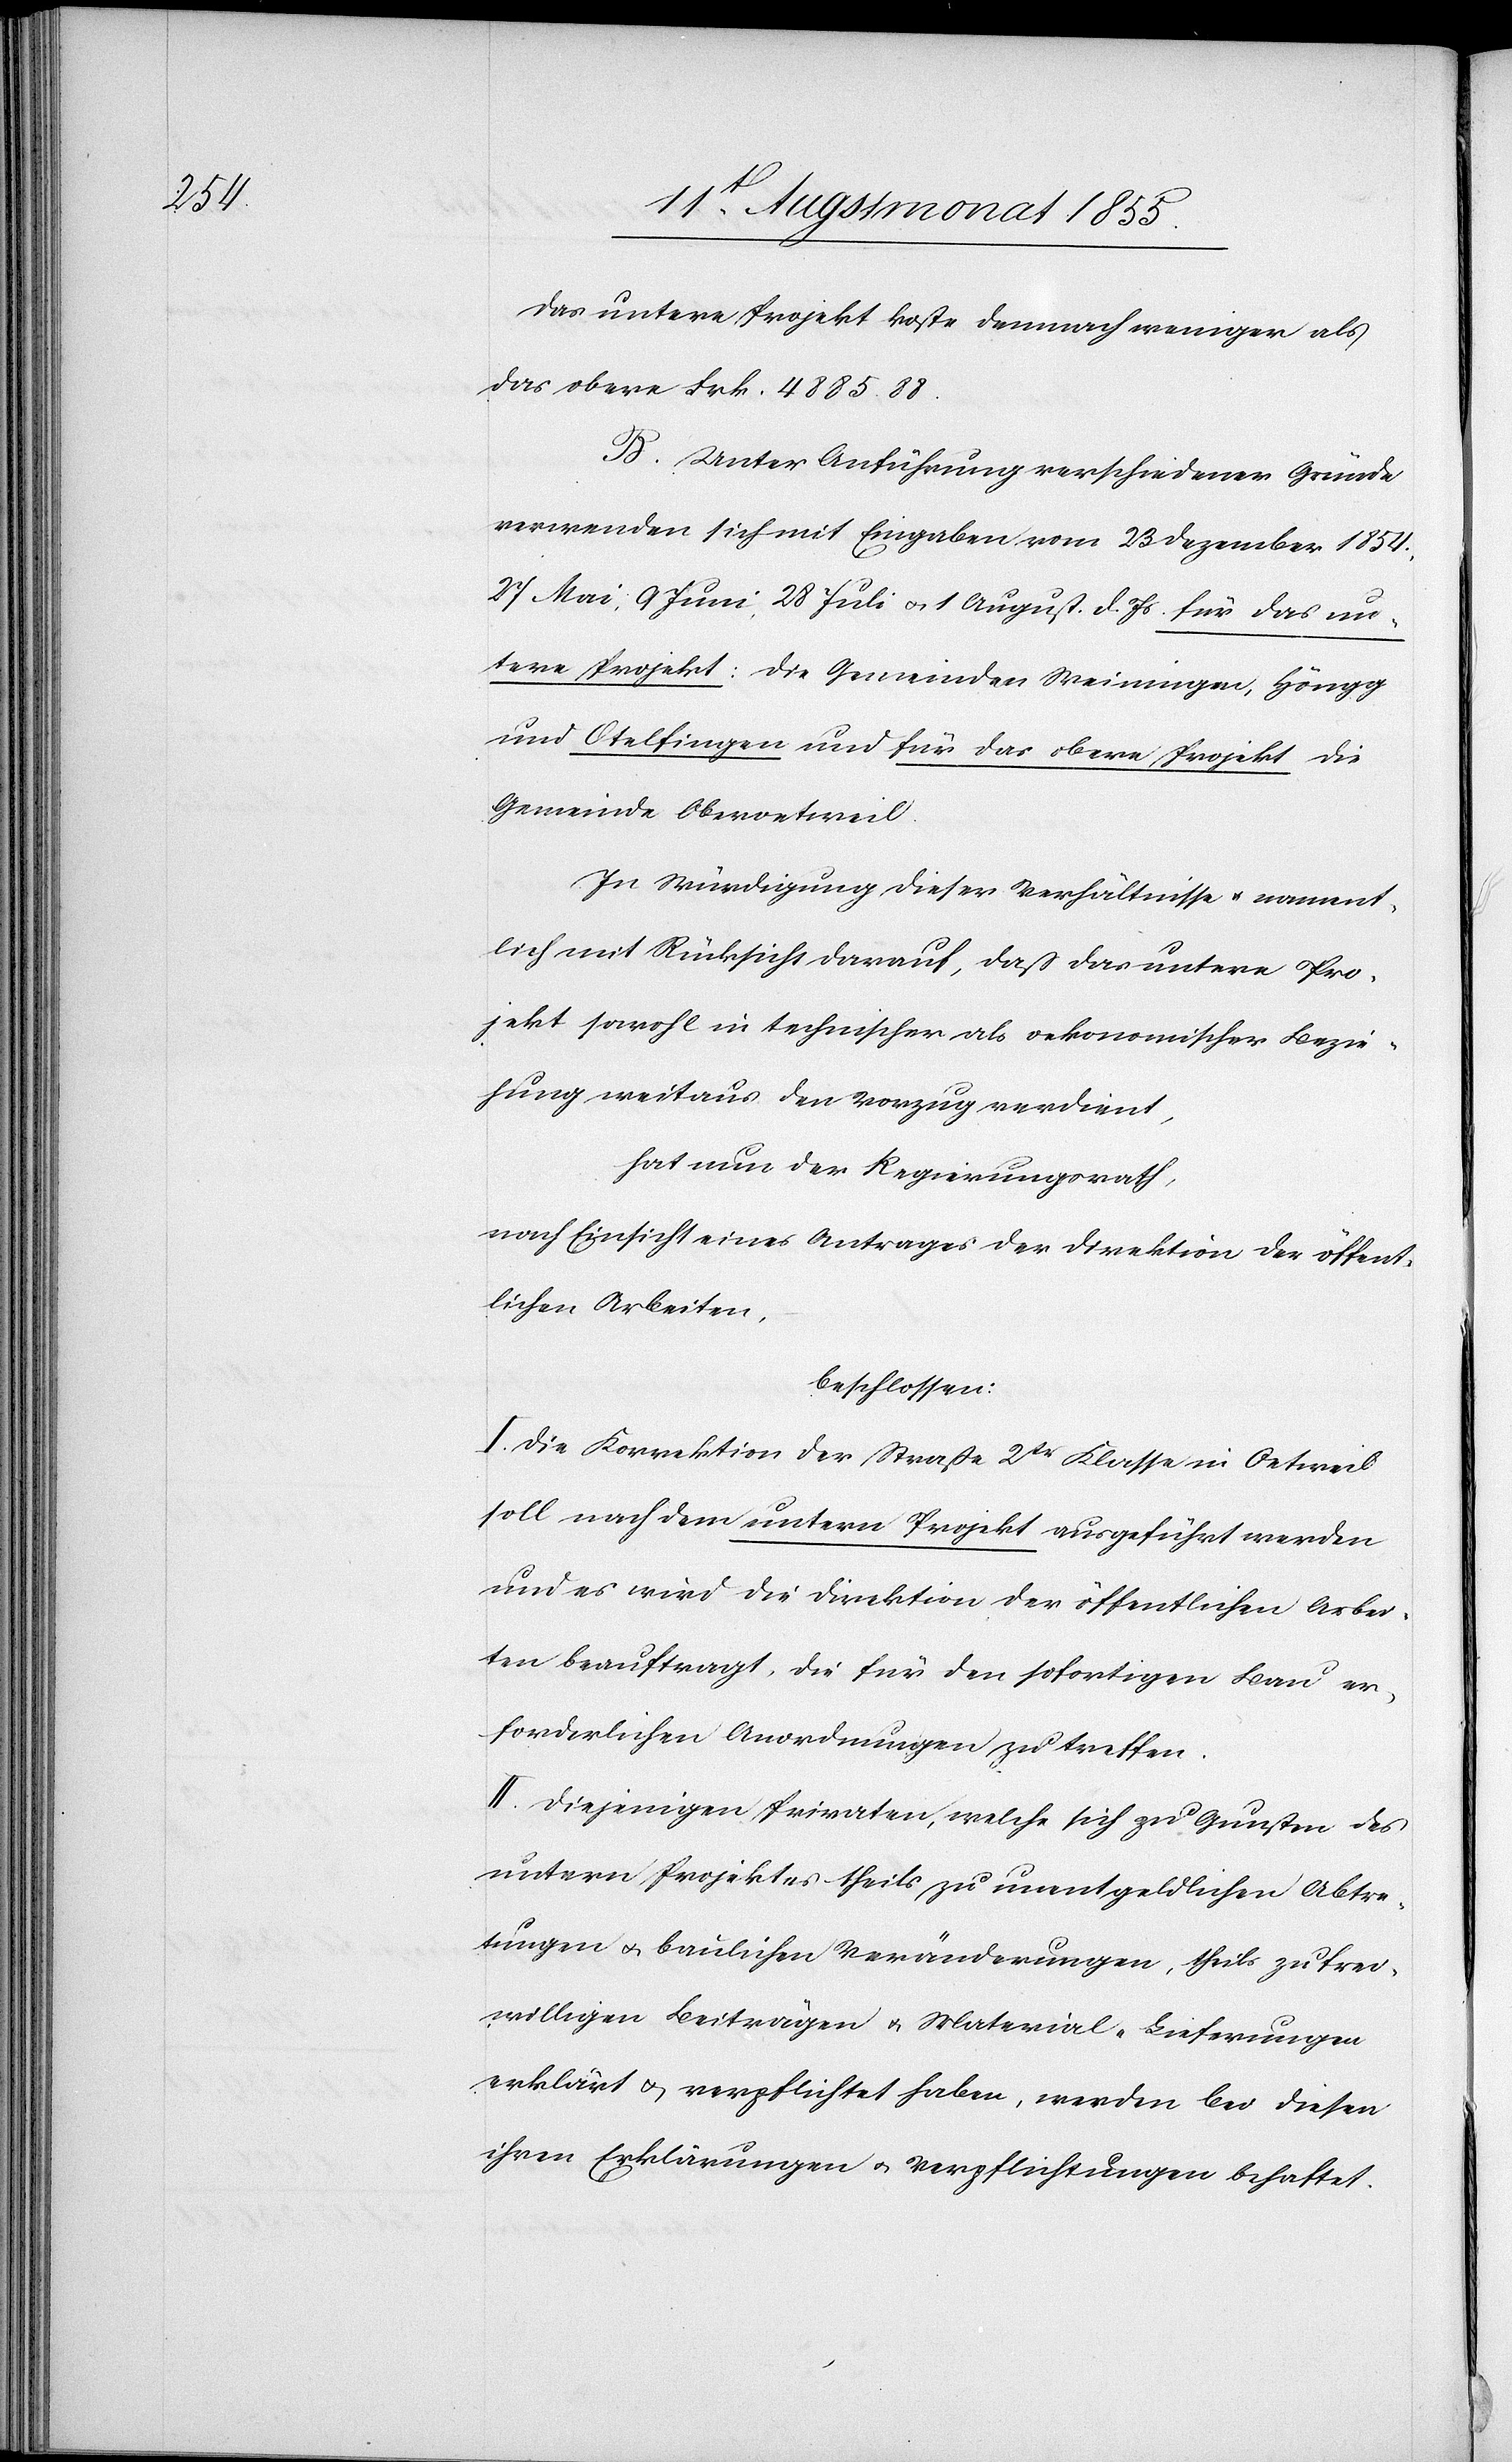
Das untere Projekt koste demnach weniger als
das obere Frk. 4885. 88.
B. Unter Anführung verschiedener Gründe
verwenden sich mit Eingaben vom 23 Dezember 1854.,
27 Mai, 9 Juni, 28 Juli & 1 August d. Js. für das un¬
tere Projekt: die Gemeinden Weiningen, Höngg
und Otelfingen und für das obere Projekt die
Gemeinde Oberoetweil.
In Würdigung dieser Verhältnisse & nament¬
lich mit Rücksicht darauf, daß das untere Pro¬
jekt sowohl in technischer als oekonomischer Bezie¬
hung weitaus den Vorzug verdient,
hat nun der Regierungsrath,
nach Einsicht eines Antrages der Direktion der öffent¬
lichen Arbeiten,
beschlossen:
I. Die Korrektion der Straße 2tr Klasse in Oetweil
soll nach dem untern Projekt ausgeführt werden
und es wird die Direktion der öffentlichen Arbei¬
ten beauftragt, die für den sofortigen Bau er¬
forderlichen Anordnungen zu treffen.
II. Diejenigen Privaten, welche sich zu Gunsten des
untern Projektes theils zu unentgeldlichen Abtre¬
tungen & baulichen Veränderungen, theils zu frei¬
willigen Beiträgen & Material-Lieferungen
erklärt & verpflichtet haben, werden bei diesen
ihren Erklärungen & Verpflichtungen behaftet.